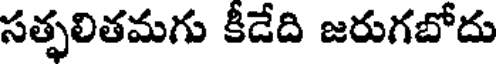
సత్ఫలితమగు కీడేది జరుగబోదు